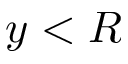
y < R